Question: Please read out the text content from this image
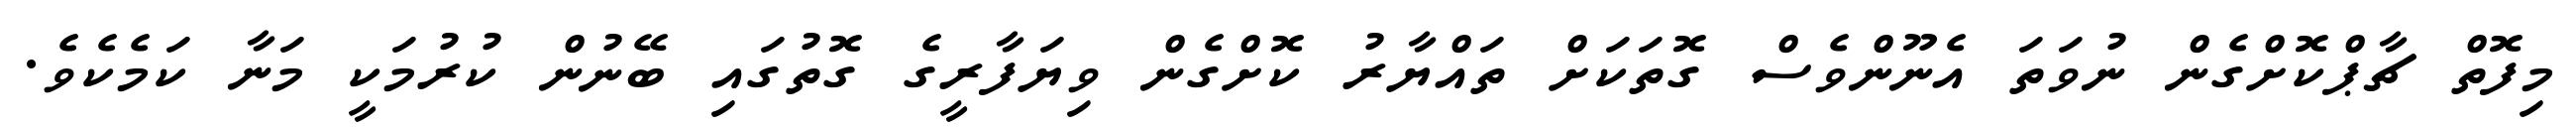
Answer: މިފޮތް ޗާޕްކޮށްގެން ނުވަތަ އެނޫންވެސް ގޮތަކަށް ތައްޔާރު ކޮށްގެން ވިޔަފާރީގެ ގޮތުގައި ބޭނުން ކުރުމަކީ މަނާ ކަމެކެވެ.